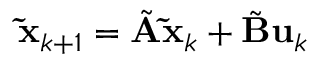
\mathbf { \tilde { x } } _ { k + 1 } = \tilde { \mathbf { A } } \mathbf { \tilde { x } } _ { k } + \tilde { \mathbf { B } } \mathbf { u } _ { k }